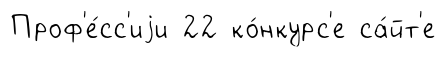
Проф'е́сс'иjи 22 ко́нкурс'е са́йт'е